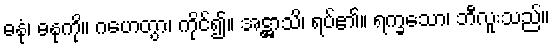
ဓနုံ၊ ဓနုကို။ ဂဟေတွာ၊ ကိုင်၍။ အဋ္ဌာသိ၊ ရပ်၏။ ရက္ခသော၊ ဘီလူးသည်။